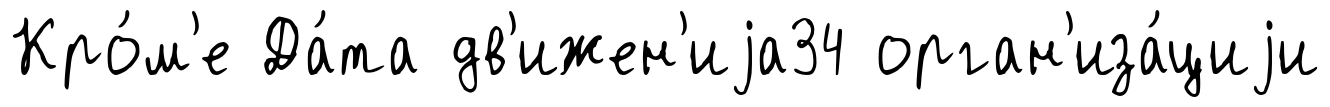
Кро́м'е Да́та дв'ижен'иjа34 орган'иза́циjи